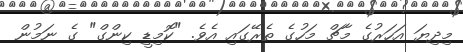
މިދިޔަ އަހަރުގެ މާޗް މަހުގެ ތެރޭގައި އެވެ. "ކޮމިޑީ ކިންގް" ގެ ނަމުން